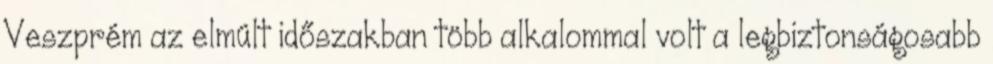
Veszprém az elmúlt időszakban több alkalommal volt a legbiztonságosabb